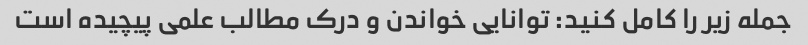
جمله زیر را کامل کنید: توانایی خواندن و درک مطالب علمی پیچیده است